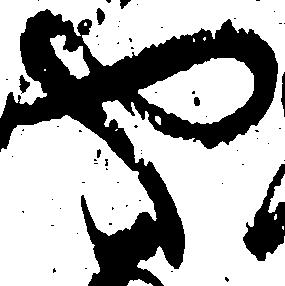
や